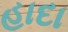
હાદા